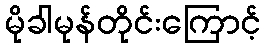
မိုခါမုန်တိုင်းကြောင့်